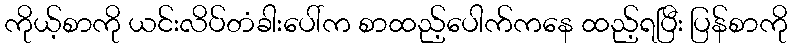
ကိုယ့်စာကို ယင်းလိပ်တံခါးပေါ်က စာထည့်ပေါက်ကနေ ထည့်ရပြီး ပြန်စာကို